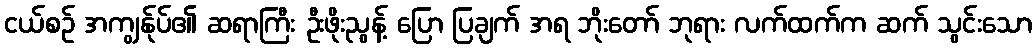
ငယ်စဉ် အကျွန်ုပ်၏ ဆရာကြီး ဦးဖိုးညွန့် ပြော ပြချက် အရ ဘိုးတော် ဘုရား လက်ထက်က ဆက် သွင်းသော